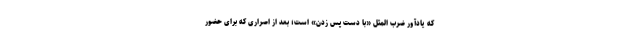
که یادآور ضرب المثل «با دست پس زدن» است؛ بعد از اصراری که برای حضور